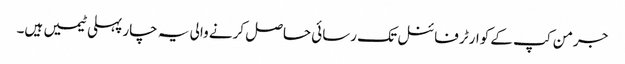
جرمن کپ کے کوارٹر فائنل تک رسائی حاصل کرنے والی یہ چار پہلی ٹیمیں ہیں۔